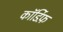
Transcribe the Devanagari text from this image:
कॉर्डिफ़